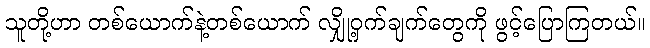
သူတို့ဟာ တစ်ယောက်နဲ့တစ်ယောက် လျှို့ဝှက်ချက်တွေကို ဖွင့်ပြောကြတယ်။